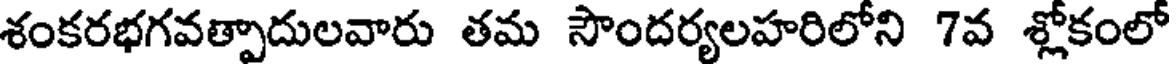
శంకరభగవత్పాదులవారు తమ సౌందర్యలహరిలోని 7వ శ్లోకంలో